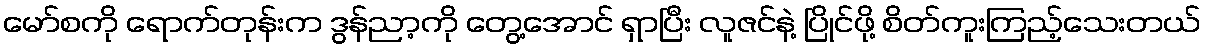
မော်စကို ရောက်တုန်းက ဒွန်ညာ့ကို တွေ့အောင် ရှာပြီး လူဇင်နဲ့ ပြိုင်ဖို့ စိတ်ကူးကြည့်သေးတယ်